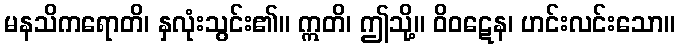
မနသိကရောတိ၊ နှလုံးသွင်း၏။ ဣတိ၊ ဤသို့။ ဝိဝဋေန၊ ဟင်းလင်းသော။